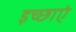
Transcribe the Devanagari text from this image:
इच्‍छाएं